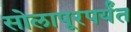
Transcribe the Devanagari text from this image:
सोलापूरपर्यंत